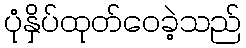
ပုံနှိပ်ထုတ်ဝေခဲ့သည်